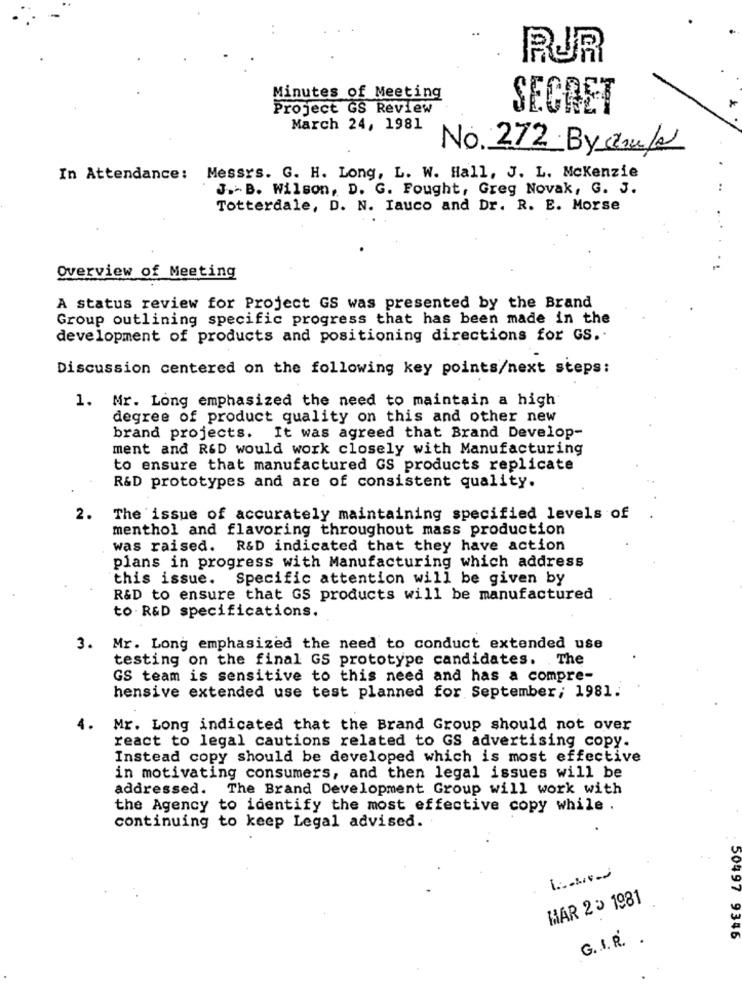
RUR
Minutes of Meeting
Project GS Review
SECRET
March 24, 1981
No. 272 By struk
In Attendance: Messrs. G. H. Long, L. W. Hall, J. L. Mckenzie
J .- B. Wilson, D. G. Fought, Greg Novak, G. J.
Totterdale, D. N. Iauco and Dr. R. E. Morse
Overview of Meeting
A status review for Project GS was presented by the Brand
Group outlining specific progress that has been made in the
development of products and positioning directions for GS ..
Discussion centered on the following key points/next steps:
1. Mr. Long emphasized the need to maintain a high
degree of product quality on this and other new
brand projects. It was agreed that Brand Develop-
ment and R&D would work closely with Manufacturing
to ensure that manufactured GS products replicate
R&D prototypes and are of consistent quality.
2.
The issue of accurately maintaining specified levels of
menthol and flavoring throughout mass production
was raised. R&D indicated that they have action
plans in progress with Manufacturing which address
this issue. Specific attention will be given by
R&D to ensure that GS products will be manufactured
to . R&D specifications.
3. Mr. Long emphasized the need to conduct extended use
testing on the final GS prototype candidates. The
GS team is sensitive to this need and has a compre-
hensive extended use test planned for September; 1981.
4.
Mr. Long indicated that the Brand Group should not over
react to legal cautions related to GS advertising copy.
Instead copy should be developed which is most effective
in motivating consumers, and then legal issues will be
addressed. The Brand Development Group will work with
the Agency to identify the most effective copy while .
continuing to keep Legal advised.
MAR 25 1981
G. I. R. .
50497 9346